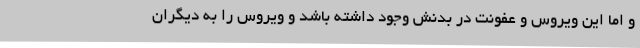
و اما این ویروس و عفونت در بدنش وجود داشته باشد و ویروس را به دیگران